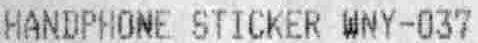
HANDPHONE STICKER WNY-037